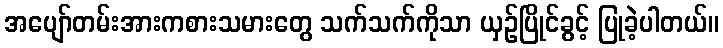
အပျော်တမ်းအားကစားသမားတွေ သက်သက်ကိုသာ ယှဉ်ပြိုင်ခွင့် ပြုခဲ့ပါတယ်။